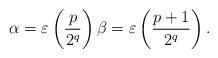
LaTeX: \begin{align*} \alpha = \varepsilon\left(\frac{p\vphantom{1}}{2^q}\right) \beta = \varepsilon\left(\frac{p+1}{2^q}\right).\end{align*}